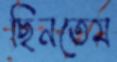
ছিনতেম